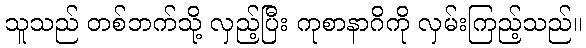
သူသည် တစ်ဘက်သို့ လှည့်ပြီး ကုစာနာဂိကို လှမ်းကြည့်သည်။